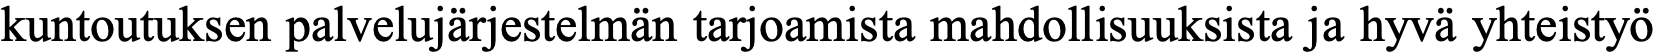
kuntoutuksen palvelujärjestelmän tarjoamista mahdollisuuksista ja hyvä yhteistyö